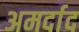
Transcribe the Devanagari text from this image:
अमर्दाद